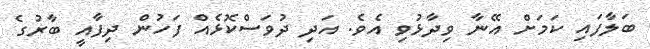
ބަލާފައި ކަމަށް އޭނާ ވިދާޅުވި އެވެ. އަދި ދުވަސްކޮޅެއް ފަހުން ދިފާއީ ބާރުގެ